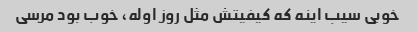
خوبی سیب اینه که کیفیتش مثل روز اوله، خوب بود مرسی